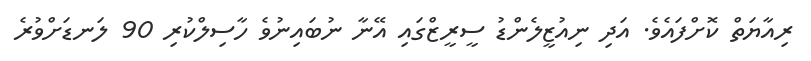
ރިއާޔަތް ކޮށްފައެވެ. އަދި ނިއުޒީލެންޑު ސީރީޒްގައި އޭނާ ނުބައިނުވެ ހާސިލްކުރި 90 ލަނޑަށްވުރެ